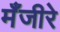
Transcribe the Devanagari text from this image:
मँजीरे